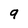
Character: 9